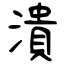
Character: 潰